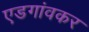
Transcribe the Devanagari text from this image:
एडगांवकर